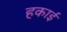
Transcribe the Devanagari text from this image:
हकाई